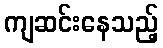
ကျဆင်းနေသည့်